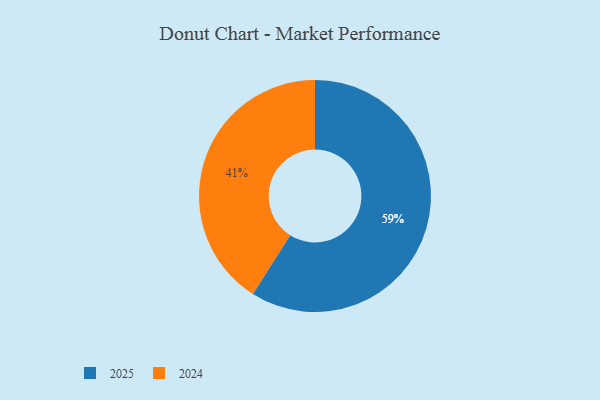
{"axis": {"x": "Category", "y": "Percentage"}, "legend": ["2024", "2025"], "data": [{"x": "2024", "y": 41, "type": "2024"}, {"x": "2025", "y": 59, "type": "2025"}]}